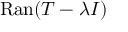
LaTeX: \mathrm { R a n } ( T - \lambda I )